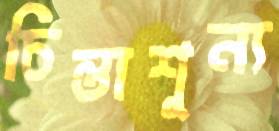
চিন্তাশূন্য